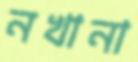
নখানা